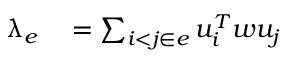
\begin{array} { r l } { \uplambda _ { e } } & { { } = \sum _ { i < j \in e } u _ { i } ^ { T } w u _ { j } } \end{array}